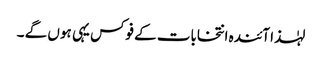
لہٰذا آئندہ انتخابات کے فوکس یہی ہوں گے ۔